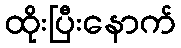
ထိုးပြီးနောက်